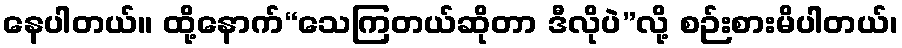
နေပါတယ်။ ထို့နောက်“သေကြတယ်ဆိုတာ ဒီလိုပဲ”လို့ စဉ်းစားမိပါတယ်၊